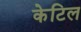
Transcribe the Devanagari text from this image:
केटिल